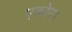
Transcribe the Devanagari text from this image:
एकोटा